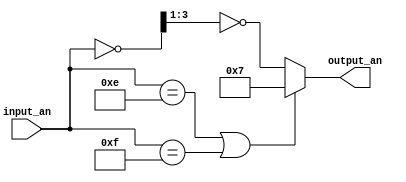
`timescale 1ns / 1ps
//////////////////////////////////////////////////////////////////////////////////
// Company: 
// Engineer: 
// 
// Design Name: 
// Module Name: update_an
// Project Name: 
// Target Devices: 
// Tool Versions: 
// Description: 
// 
// Dependencies: 
// 
// Revision:
// Revision 0.01 - File Created
// Additional Comments:
// 
//////////////////////////////////////////////////////////////////////////////////


module update_an(
    input [3:0] input_an,
    output [3:0] output_an
    );
    assign output_an = (input_an == 4'b1110 || input_an == 4'b1111) ? 4'b0111 : ~(~input_an >> 1);
endmodule